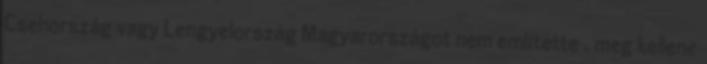
Csehország vagy Lengyelország Magyarországot nem említette , meg kellene